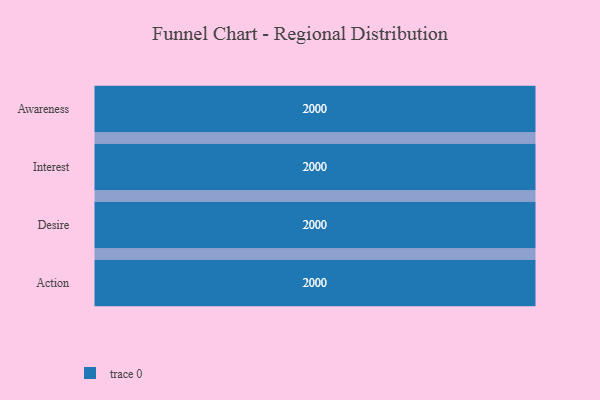
{"axis": {"x": "Stage", "y": "Value"}, "legend": [""], "data": [{"x": "Awareness", "y": 2000, "type": ""}, {"x": "Interest", "y": 2000, "type": ""}, {"x": "Desire", "y": 2000, "type": ""}, {"x": "Action", "y": 2000, "type": ""}]}